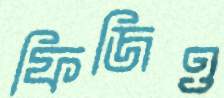
ফিজিও